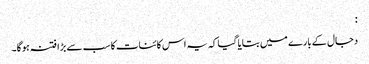
:
دجال کے بارے میں بتایا گیا کہ یہ اس کائنات کا سب سے بڑا فتنہ ہوگا۔